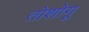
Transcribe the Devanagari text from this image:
तोशोगू